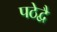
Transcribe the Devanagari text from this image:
पठेद्वै